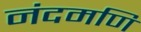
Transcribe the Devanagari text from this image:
नंदमणि